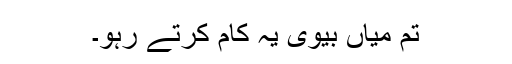
تم میاں بیوی یہ کام کرتے رہو۔